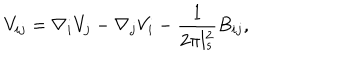
V _ { i j } = \nabla _ { i } V _ { j } - \nabla _ { j } V _ { i } - \frac { 1 } { 2 \pi l _ { s } ^ { 2 } } B _ { i j } ,